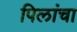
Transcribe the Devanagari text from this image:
पिलांचा